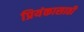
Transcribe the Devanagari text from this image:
प्रियंकासाठी